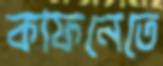
কাফনেতে